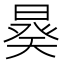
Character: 𣉉